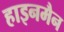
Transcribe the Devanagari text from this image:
हाइनमैन